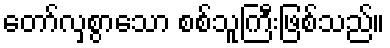
တော်လှစွာသော စစ်သူကြီးဖြစ်သည်။